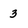
Character: 3